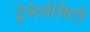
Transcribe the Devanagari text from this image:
ट्रेवेलोसिटी